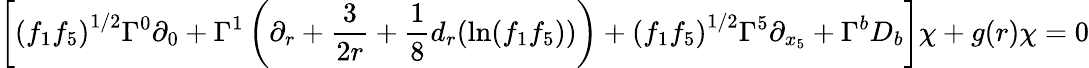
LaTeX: \left[\left(f_{1}f_{5}\right)^{1/2}\Gamma^{0}\partial_{0}+\Gamma^{1}\left(\partial_{r}+\frac{3}{2r}+\frac{1}{8}d_{r}(\ln(f_{1}f_{5}))\right)+\left(f_{1}f_{5}\right)^{1/2}\Gamma^{5}\partial_{x_{5}}+\Gamma^{b}D_{b}\right]\chi+g(r)\chi=0